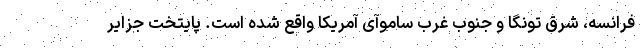
فرانسه، شرق تونگا و جنوب غرب ساموآ‌ی آمریکا واقع شده است. پایتخت جزایر